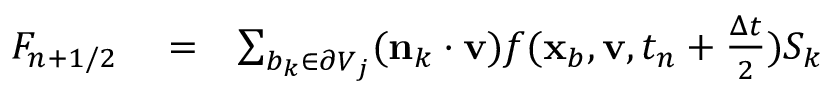
\begin{array} { r l r } { F _ { n + 1 / 2 } } & { { } = } & { \sum _ { b _ { k } \in \partial V _ { j } } ( \mathbf n _ { k } \cdot \mathbf v ) f ( \mathbf x _ { b } , \mathbf v , t _ { n } + \frac { \Delta t } { 2 } ) S _ { k } } \end{array}